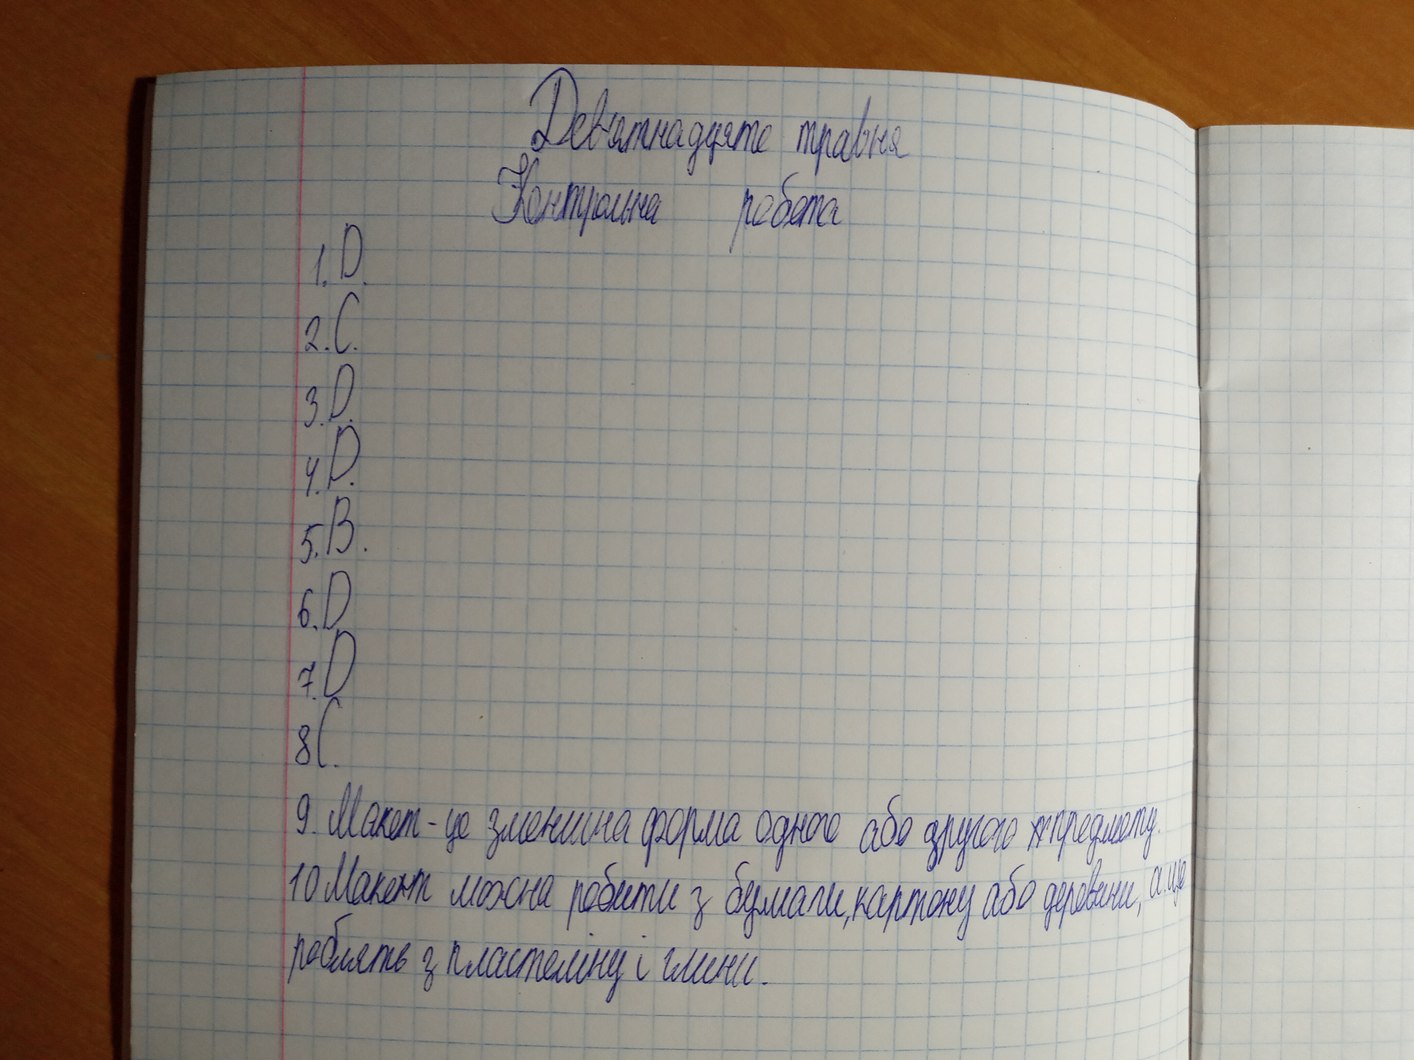
Дев'ятнадцяте травня
Контрольна робота
1. D
2. C.
3. D.
4. D.
5. B.
6. D
7. D
8. C.
9. Макет - це зменшена форма одного або другого ~~т~~предмету.
10 Макети можна робити з бумаги, картону або деревини, а ще
роблять з пластеліну і глини.